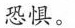
恐惧。